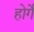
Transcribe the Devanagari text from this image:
होर्गे